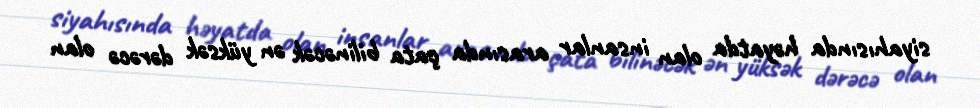
siyahısında həyatda olan insanlar arasında çata bilinəcək ən yüksək dərəcə olan